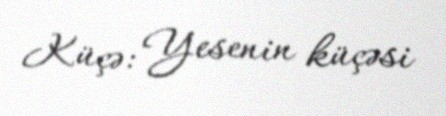
Küçə: Yesenin küçəsi